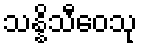
သန္နိသီဝေသု